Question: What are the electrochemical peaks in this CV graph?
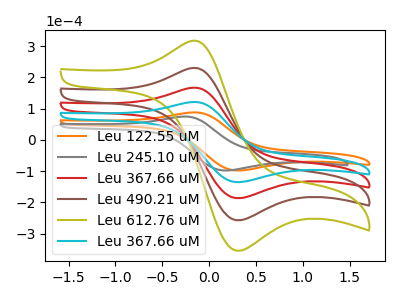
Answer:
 <answer>The orange curve "Leu 122.55 uM" has an anodic peak at (-0.20V, 87.45uA) and a cathodic peak at (0.30V, -98.15uA). The gray curve "Leu 245.10 uM" has an anodic peak at (-0.30V, 74.25uA) and a cathodic peak at (0.15V, -98.15uA). The red curve "Leu 367.66 uM" has an anodic peak at (-0.20V, 241.15uA) and a cathodic peak at (0.30V, -270.65uA). The brown curve "Leu 490.21 uM" has an anodic peak at (-0.20V, 361.75uA) and a cathodic peak at (0.30V, -406.00uA). The olive curve "Leu 612.76 uM" has an anodic peak at (-0.20V, 482.30uA) and a cathodic peak at (0.30V, -541.35uA). The cyan curve "Leu 367.66 uM" has an anodic peak at (-0.20V, 120.60uA) and a cathodic peak at (0.30V, -135.35uA).</answer>
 <eval></eval>